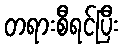
တရားစီရင်ပြီး